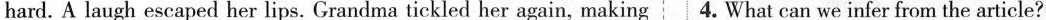
hard. A laugh escaped her lips. Grandma tickled her again, making 4. What can we infer from the article?